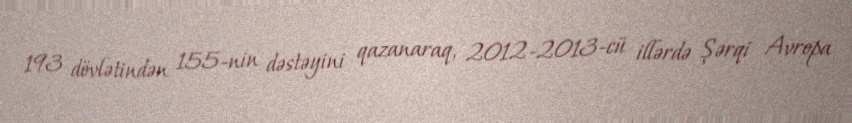
193 dövlətindən 155-nin dəstəyini qazanaraq, 2012-2013-cü illərdə Şərqi Avropa